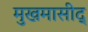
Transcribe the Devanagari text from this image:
मुखमासीद्